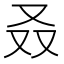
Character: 叒